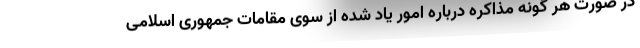
در صورت هر گونه مذاکره درباره امور یاد شده از سوی مقامات جمهوری اسلامی